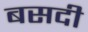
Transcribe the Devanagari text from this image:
बसदी